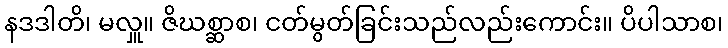
နဒဒါတိ၊ မလှူ။ ဇိဃစ္ဆာစ၊ ငတ်မွတ်ခြင်းသည်လည်းကောင်း။ ပိပါသာစ၊